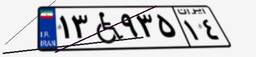
۱۳W۹۳۵۱۴